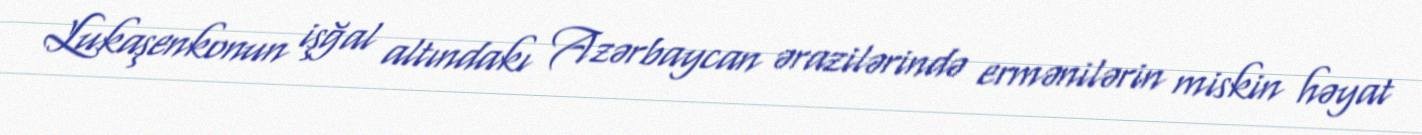
Lukaşenkonun işğal altındakı Azərbaycan ərazilərində ermənilərin miskin həyat